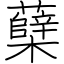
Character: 蘖